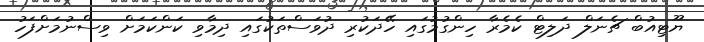
ޔޫޓިއުބް ޗެނަލް ދަލިޓް ކެމެރާ ހިންގުމުގައި ހޭދަކުރި ދުވަސްތަކުގައި ދިމާވި ކަންކަމަށް ވިސްނުމަށްފަހު